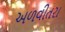
અળવીતરા